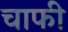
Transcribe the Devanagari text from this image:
चाफी